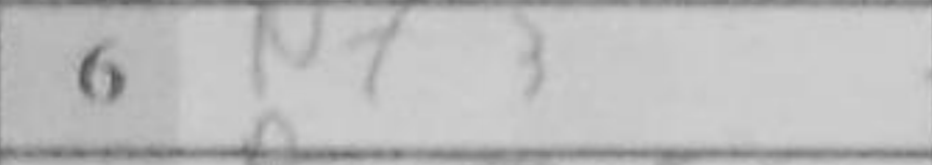
Transcription: Nf3